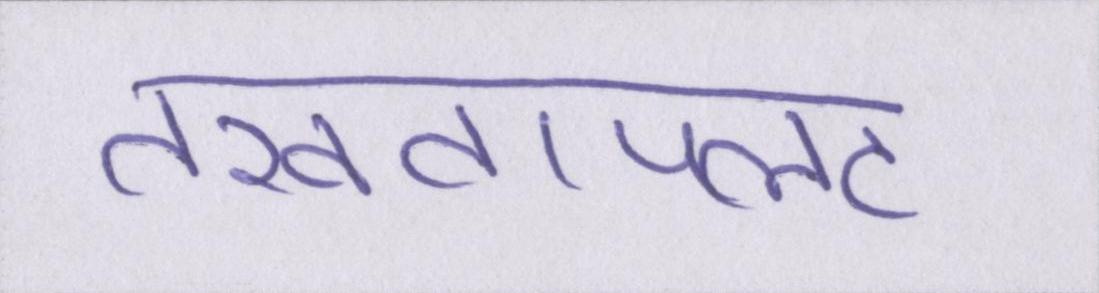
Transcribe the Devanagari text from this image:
तख्तापलट